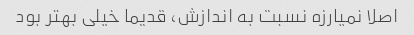
اصلا نمیارزه نسبت به اندازش، قدیما خیلی بهتر بود